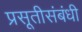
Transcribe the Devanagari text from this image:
प्रसूतीसंबंधी